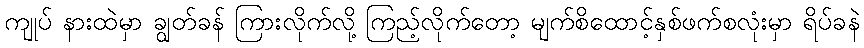
ကျုပ် နားထဲမှာ ချွတ်ခန် ကြားလိုက်လို့ ကြည့်လိုက်တော့ မျက်စိထောင့်နှစ်ဖက်စလုံးမှာ ရိပ်ခနဲ